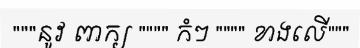
"""នូវ ពាក្យ """" កំៗ """" ខាងលើ"""